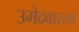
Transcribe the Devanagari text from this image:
उमेदवारला